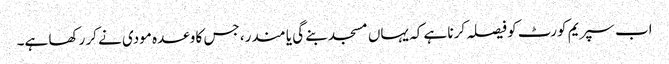
اب سپریم کورٹ کو فیصلہ کرنا ہے کہ یہاں مسجد بنے گی یا مندر، جس کا وعدہ مودی نے کر رکھا ہے۔